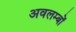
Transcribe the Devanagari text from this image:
अवलम्बों